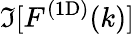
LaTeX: \Im[\mathinner{F^{\mathrm{(1D)}}\mathopen{\left(k\right)}}]